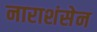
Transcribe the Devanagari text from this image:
नाराशंसेन